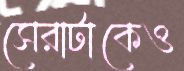
সেরাটাকেও